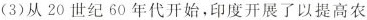
(3)从20世纪60年代开始，印度开展了以提高农